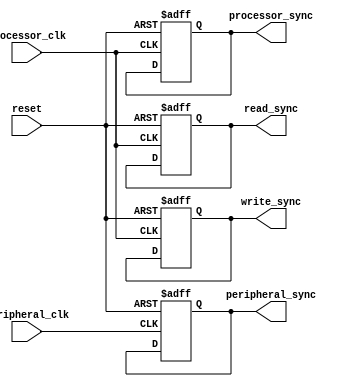
module timing_control_and_synchronization (
    input wire processor_clk,
    input wire peripheral_clk,
    input wire reset,
    output reg processor_sync,
    output reg peripheral_sync,
    output reg read_sync,
    output reg write_sync
);

// Timing control block
always @(posedge processor_clk or posedge reset) begin
    if (reset) begin
        processor_sync <= 1'b0;
    end else begin
        // Logic to generate appropriate clock signals
        // and manage data transfer timings
        // implementation specific to design requirements
    end
end

// Synchronization blocks
always @(posedge processor_clk or posedge reset) begin
    if (reset) begin
        read_sync <= 1'b0;
        write_sync <= 1'b0;
    end else begin
        // Logic to ensure read and write operations
        // are aligned with clock cycles
        // implementation specific to design requirements
    end
end

always @(posedge peripheral_clk or posedge reset) begin
    if (reset) begin
        peripheral_sync <= 1'b0;
    end else begin
        // Logic to synchronize data transfers with peripheral clock
        // implementation specific to design requirements
    end
end

endmodule